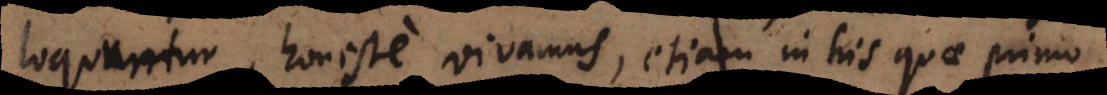
loquuntur, honeste vivamus, etiam in his quae primo